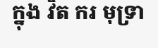
ក្នុង វិត ករ មុទ្រា